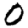
Digit: 0